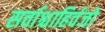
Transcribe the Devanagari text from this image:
सर्वाश्चाहिर्वजो